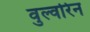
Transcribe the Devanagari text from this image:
वुल्वरिन